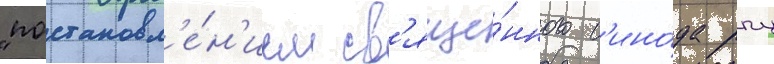
"постановл'е́н'ием св'яще́нного с'ино́да рпц